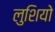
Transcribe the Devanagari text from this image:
लुशियो